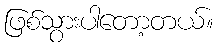
ဖြစ်သွားပါတော့တယ်။